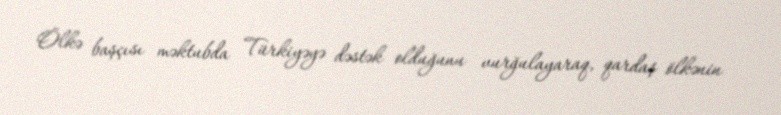
Ölkə başçısı məktubda Türkiyəyə dəstək olduğunu vurğulayaraq, qardaş ölkənin